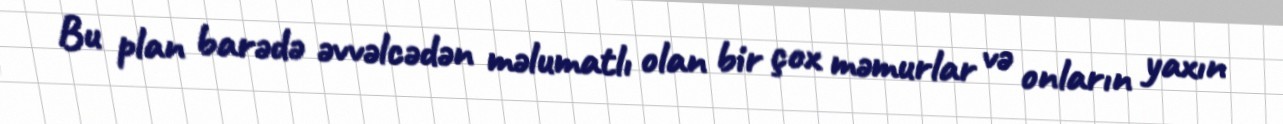
Bu plan barədə əvvəlcədən məlumatlı olan bir çox məmurlar və onların yaxın